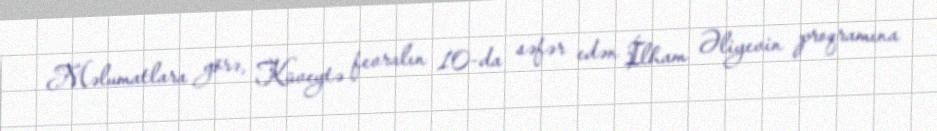
Məlumatlara görə, Küveytə fevralın 10-da səfər edən İlham Əliyevin proqramına